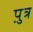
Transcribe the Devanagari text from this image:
प़ुत्र